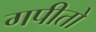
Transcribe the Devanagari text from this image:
गपीतो